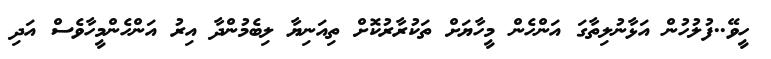
ހީވޭ..ފުލުހުން އަޅާނުލިތާގަ އަންހެން މީހާޔަށް ތަކުރާރުކޮށް ތިއަނިޔާ ލިބެމުންދާ އިރު އަންހެންމީހާވެސް އަދި